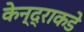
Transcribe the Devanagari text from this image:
केन्द्राकडे